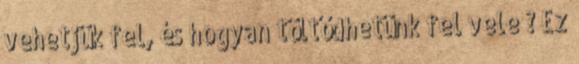
vehetjük fel, és hogyan töltődhetünk fel vele ? Ez